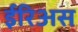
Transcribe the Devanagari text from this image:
ईरिअस